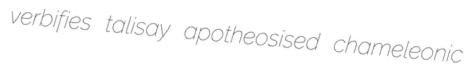
verbifies talisay apotheosised chameleonic